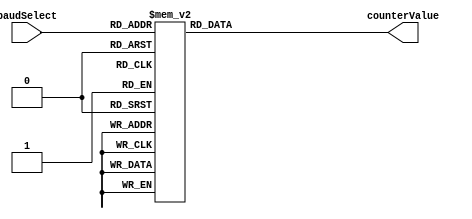
`timescale 1ns / 1ps
//////////////////////////////////////////////////////////////////////////////////
// Company: 
// Engineer: 
// 
// Design Name: 
// Module Name:    lb_BAUD_Table 
// Project Name: 
// Target Devices: 
// Tool versions: 
// Description: 
//
// Dependencies: 
//
// Revision: 
// Revision 0.01 - File Created
// Additional Comments: 
//
//////////////////////////////////////////////////////////////////////////////////
module lb_BAUD_Table(
    input [3:0] baudSelect,
    output reg [19:0] counterValue
    );

	always @ (*) 
		case(baudSelect)
			4'b0000: counterValue = 20'd20832; //300
			4'b0001: counterValue = 20'd5207; 
			4'b0010: counterValue = 20'd2603;
			4'b0011: counterValue = 20'd1301;
			4'b0100: counterValue = 20'd650; //9600 BAUD
			4'b0101: counterValue = 20'd324;
			4'b0110: counterValue = 20'd162;
			4'b0111: counterValue = 20'd107;
			4'b1000: counterValue = 20'd53;
			4'b1001: counterValue = 20'd27;
			4'b1010: counterValue = 20'd14;
			4'b1011: counterValue = 20'd7;   //921600 BAUD
			default: counterValue = 20'd650; //9600 BAUD
		endcase
/*
	always @ (*) 
		case(baudSelect)
			4'b0000: counterValue = 20'd166665; //300
			4'b0001: counterValue = 20'd41667; 
			4'b0010: counterValue = 20'd20833;
			4'b0011: counterValue = 20'd10417;
			4'b0100: counterValue = 20'd5209; //9600 BAUD
			4'b0101: counterValue = 20'd2604;
			4'b0110: counterValue = 20'd1303;
			4'b0111: counterValue = 20'd868;
			4'b1000: counterValue = 20'd434;
			4'b1001: counterValue = 20'd217;
			4'b1010: counterValue = 20'd109;
			4'b1011: counterValue = 20'd54;   //921600 BAUD
			default: counterValue = 20'd5209; //9600 BAUD
		endcase
*/

endmodule